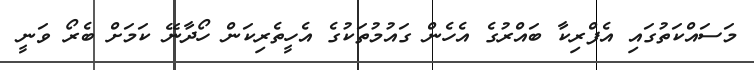
މަސައްކަތުގައި އެފްރިކާ ބައްރުގެ އެހެން ގައުމުތަކުގެ އެހީތެރިކަން ހޯދާނޭ ކަމަށް ބެރޯ ވަނީ